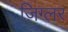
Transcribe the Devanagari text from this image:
ज़िग्लर